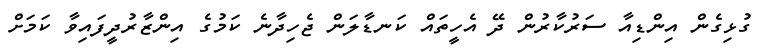
ގުޅިގެން އިންޑިއާ ސަރުކާރުން ދޭ އެހީތައް ކަނޑާލަން ޖެހިދާނެ ކަމުގެ އިންޒާރުދީފައިވާ ކަމަށް